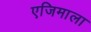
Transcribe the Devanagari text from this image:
एजिमाला